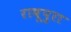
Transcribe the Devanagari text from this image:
राबूपुरा